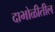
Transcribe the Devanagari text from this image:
दाभोळीतील